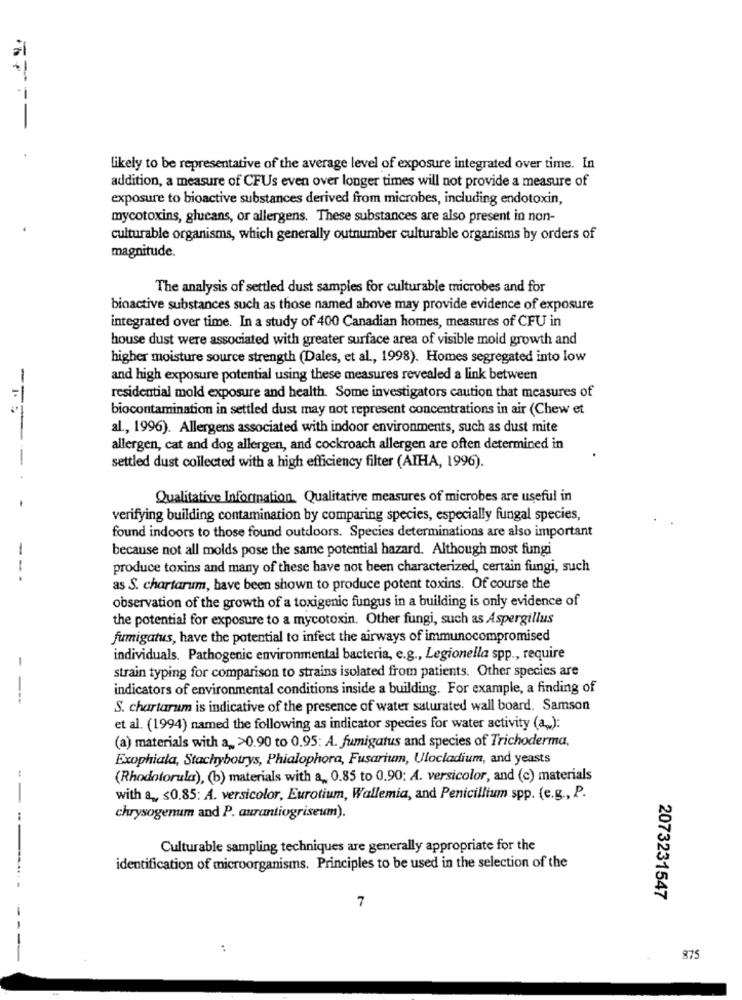
likely to be representative of the average level of exposure integrated over time. In
addition, a measure of CFUs even over longer times will not provide a measure of
exposure to bioactive substances derived from microbes, including endotoxin,
mycotoxins, glucans, or allergens. These substances are also present in non-
culturable organisms, which generally outnumber culturable organisms by orders of
magnitude.
The analysis of settled dust samples for culturable microbes and for
binactive substances such as those named above may provide evidence of exposure
integrated over time. In a study of 400 Canadian homes, measures of CFU in
house dust were associated with greater surface area of visible mold growth and
higher moisture source strength (Dales, et al ., 1998). Homes segregated into low
and high exposure potential using these measures revealed a link between
residential mold exposure and health. Some investigators caution that measures of
biocontamination in settled dust may not represent concentrations in air (Chew et
al ., 1996). Allergens associated with indoor environments, such as dust mite
allergen, cat and dog allergen, and cockroach allergen are often determined in
settled dust collected with a high efficiency filter (AIHA, 1996).
--- - -
Qualitative Information. Qualitative measures of microbes are useful in
verifying building contamination by comparing species, especially fungal species,
found indoors to those found outdoors. Species determinations are also important
because not all molds pose the same potential hazard. Although most fungi
produce toxins and many of these have not been characterized, certain fungi, such
-- -
as S. chartarum, have been shown to produce potent toxins. Of course the
observation of the growth of a toxigenic fungus in a building is only evidence of
the potential for exposure to a mycotoxin. Other fungi, such as Aspergillus
fumigatus, have the potential to infect the airways of immunocompromised
individuals. Pathogenic environmental bacteria, e.g ., Legionella spp ., require
strain typing for comparison to strains isolated from patients. Other species are
indicators of environmental conditions inside a building. For example, a finding of
----
S. chartarum is indicative of the presence of water saturated wall board. Samson
et al. (1994) named the following as indicator species for water activity (a):
(a) materials with a >0.90 to 0.95: A. fumigatus and species of Trichoderma,
Exophiala, Stachybotrys, Phialophora, Fusarium, Ulocladium, and yeasts
(Rhodotorula), (b) materials with a ,, 0.85 to 0.90; A. versicolor, and (c) materials
with a ,, ≤0.85: A. versicolor, Eurotium, Wallemia, and Penicillium spp. (e.g ., P.
chrysogenum and P. aurantiogriseum).
Culturable sampling techniques are generally appropriate for the
------.
identification of microorganisms. Principles to be used in the selection of the
7
2073231547
:
875